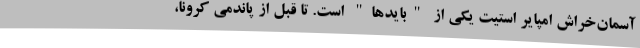
آسمان‌خراش امپایر استیت یکی از "باید‌ها" است. تا قبل از پاندمی کرونا،